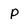
Character: P